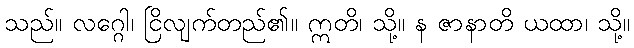
သည်။ လဂ္ဂေါ၊ ငြိလျက်တည်၏။ ဣတိ၊ သို့။ န ဇာနာတိ ယထာ၊ သို့။